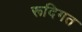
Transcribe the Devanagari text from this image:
रूदिगत